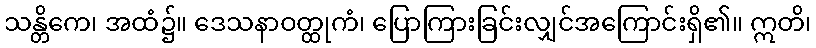
သန္တိကေ၊ အထံ၌။ ဒေသနာဝတ္ထုကံ၊ ပြောကြားခြင်းလျှင်အကြောင်းရှိ၏။ ဣတိ၊